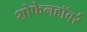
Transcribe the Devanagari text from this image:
शोफेनहॉवर्र